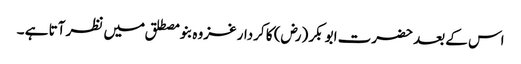
اس کے بعد حضرت ابو بکر (رض) کا کردار غزوہ بنو مصطلق میں نظر آتا ہے ۔